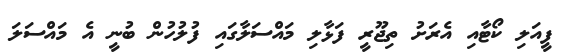
ފީއަލި ކޯޓާއި އެރަށު ތިޖޫރީ ފަޅާލި މައްސަލާގައި ފުލުހުން ބުނީ އެ މައްސަލަ